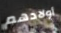
أولادهم